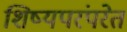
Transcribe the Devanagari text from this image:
शिष्यपरंपरेत